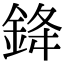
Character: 𨦟